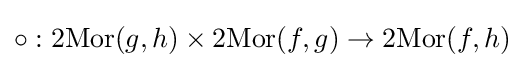
\circ :\operatorname {2Mor} (g,h)\times \operatorname {2Mor} (f,g)\to \operatorname {2Mor} (f,h)